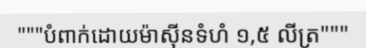
"""បំពាក់ដោយម៉ាស៊ីនទំហំ ១,៥ លីត្រ"""